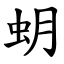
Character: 蚏